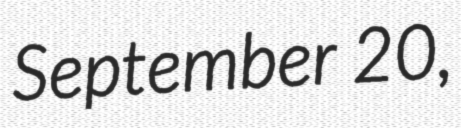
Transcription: September 20,